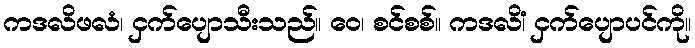
ကဒလိဖလံ၊ ငှက်ပျောသီးသည်။ ဝေ၊ စင်စစ်။ ကဒလိံ၊ ငှက်ပျောပင်ကို။